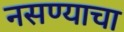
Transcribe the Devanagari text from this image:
नसण्याचा